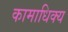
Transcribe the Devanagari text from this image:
कामाधिक्य